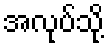
အလုပ်သို့